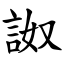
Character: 詉